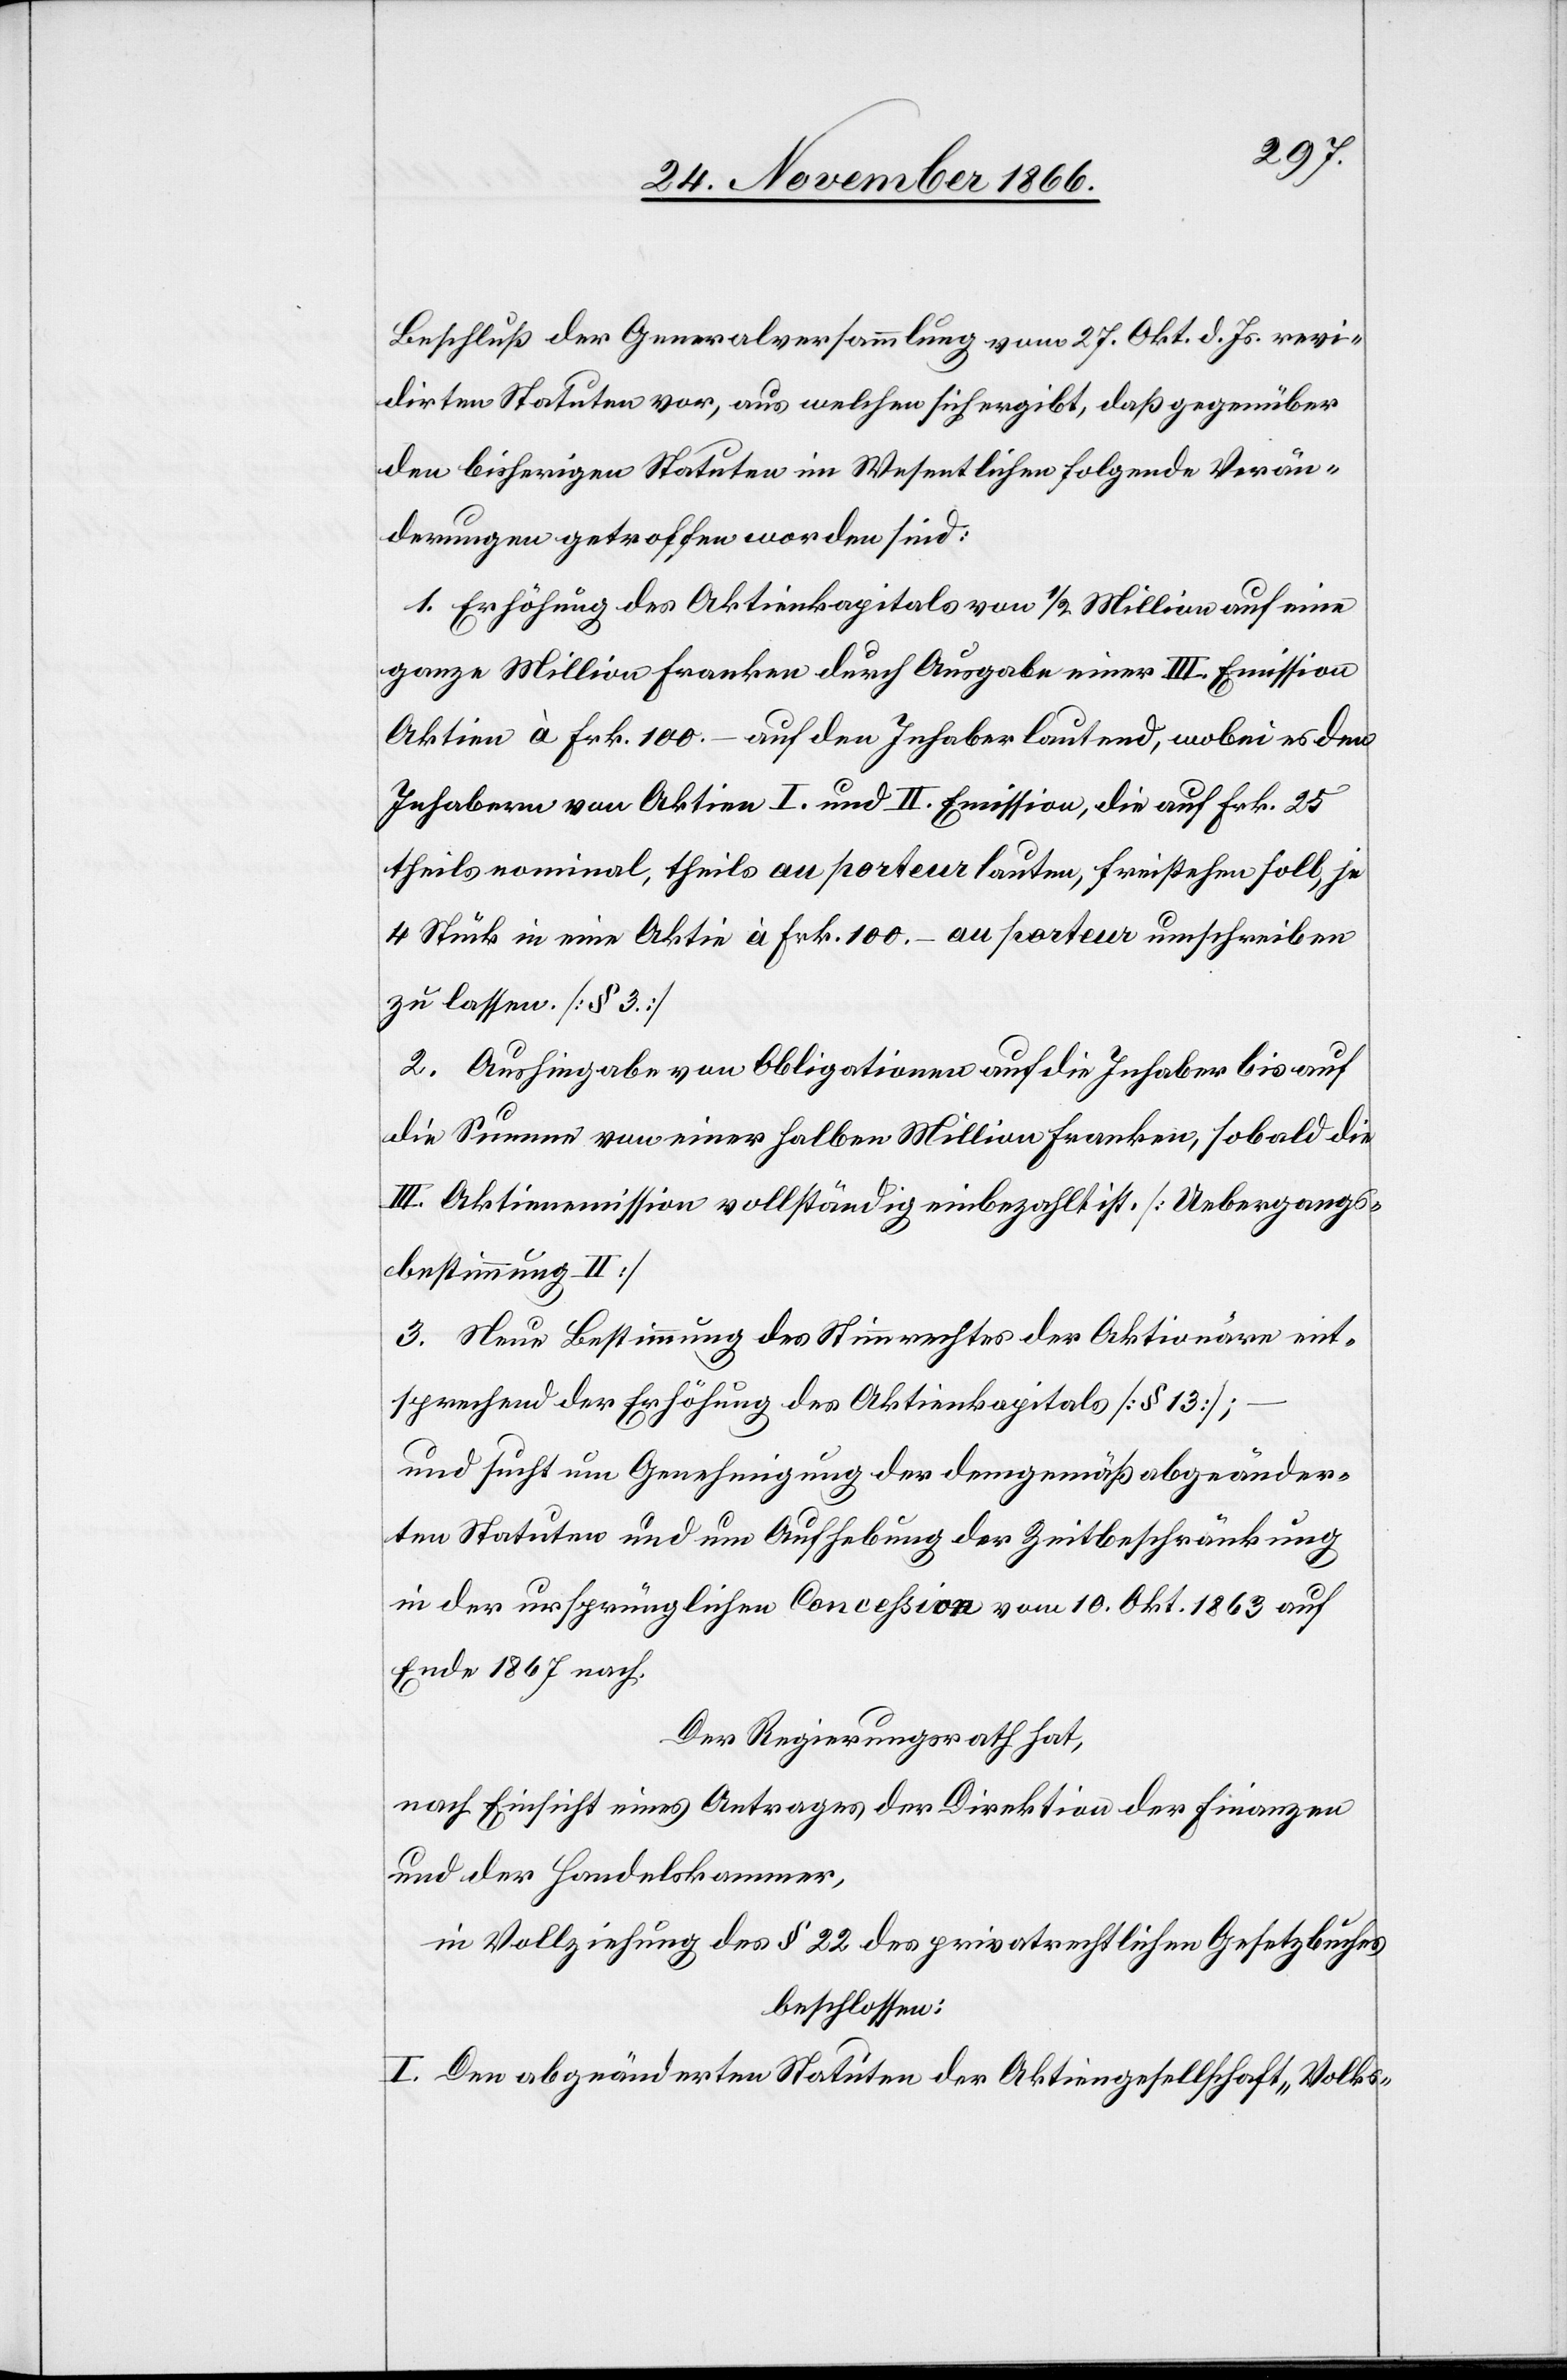
Beschluß der Generalversammlung vom 27. Okt. d. Js. revi¬
dirten Statuten vor, aus welchen sich ergibt, daß gegenüber
den bisherigen Statuten im Wesentlichen folgende Verän¬
derungen getroffen worden sind:
1. Erhöhung des Aktienkapitals von ½ Million auf eine
ganze Million Franken durch Ausgabe einer III. Emission
Aktien à Frk. 100.– auf den Inhaber lautend, wobei es den
Inhabern von Aktien I. und II. Emission, die auf Frk. 25
theils nominal, theils au porteur lauten, freistehen soll, je
4 Stück in eine Aktie à Frk. 100.– au porteur umschreiben
zu lassen. [§ 3]
2. Aushingabe von Obligationen auf die Inhaber bis auf
die Summe von einer halben Million Franken, sobald die
III. Aktienemission vollständig einbezahlt ist. [Uebergangs¬
bestimmung II]
3. Neue Bestimmung des Stimmrechtes der Aktionäre ent¬
sprechend der Erhöhung des Aktienkapitals [§ 13];
und sucht um Genehmigung der demgemäß abgeänder¬
ten Statuten und um Aufhebung der Zeitbeschränkung
in der ursprünglichen Conceßion vom 10. Okt. 1863 auf
Ende 1867 nach.
Der Regierungsrath hat,
nach Einsicht eines Antrages der Direktion der Finanzen
und der Handelskammer,
in Vollziehung des § 22 des privatrechtlichen Gesetzbuches,
beschlossen:
I. Den abgeänderten Statuten der Aktiengesellschaft „Volks-